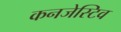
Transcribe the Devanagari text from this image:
कनजेस्टिव